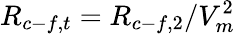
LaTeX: R_{c-f,t}=R_{c-f,2}/V_{m}^{2}